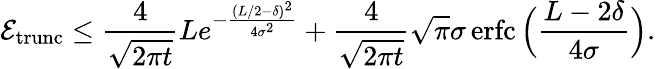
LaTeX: \mathcal{E}_{\mathrm{trunc}}\leq\frac{4}{\sqrt{2\pi t}}Le^{-\frac{(L/2-\delta)^{2}}{4\sigma^{2}}}+\frac{4}{\sqrt{2\pi t}}\sqrt{\pi}\sigma\operatorname{erfc}\Big(\frac{L-2\delta}{4\sigma}\Big).